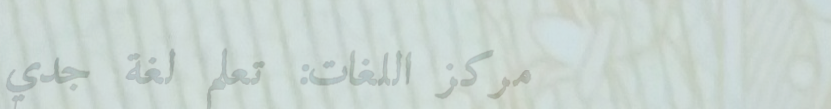
مركز اللغات: تعلم لغة جدي